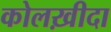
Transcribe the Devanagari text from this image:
कोलख़ीदा